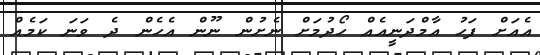
އެއަށް ފަހު އާމްދަނީއެއް ހޯދުމަށް ނެށުން ނޫން އެހެން ދެ ވަނަ ކަމެއް